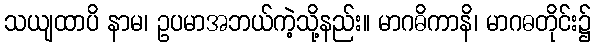
သယျထာပိ နာမ၊ ဥပမာအဘယ်ကဲ့သို့နည်း။ မာဂဓိကာနိ၊ မာဂဓတိုင်း၌